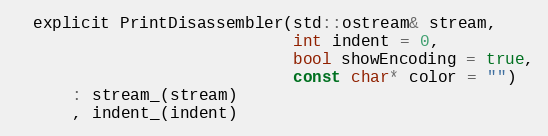
Language: C
  explicit PrintDisassembler(std::ostream& stream,
                             int indent = 0,
                             bool showEncoding = true,
                             const char* color = "")
      : stream_(stream)
      , indent_(indent)